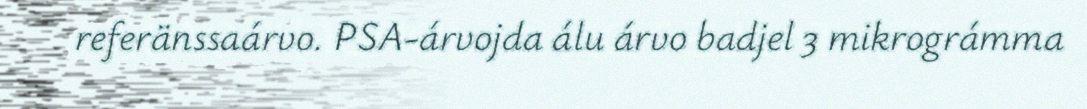
referänssaárvo. PSA-árvojda álu árvo badjel 3 mikrográmma